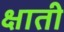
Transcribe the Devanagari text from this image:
क्षाती